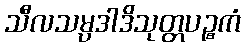
သီလသမ္ပဒါဒိသုတ္တပဉ္စကံ